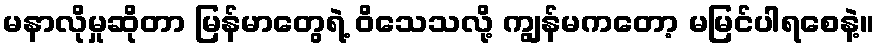
မနာလိုမှုဆိုတာ မြန်မာတွေရဲ့ ဝိသေသလို့ ကျွန်မကတော့ မမြင်ပါရစေနဲ့။